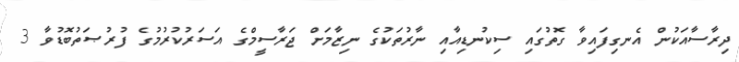
ދިރާސާއަކުން އެނގިފައިވާ ގޮތުގައި ސިކުނޑިއާއި ނާރުތަކުގެ ނިޒާމަށް ޖަރާސީމްގެ އަސަރުކުރުމުގެ ފުރުޞަތުބޮޑުވާ 3